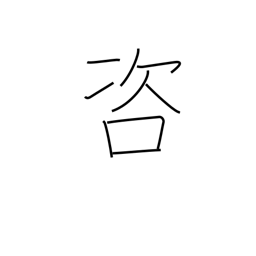
Meaning: investigate